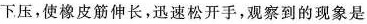
下压，使橡皮筋伸长，迅速松开手，观察到的现象是